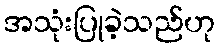
အသုံးပြုခဲ့သည်ဟု